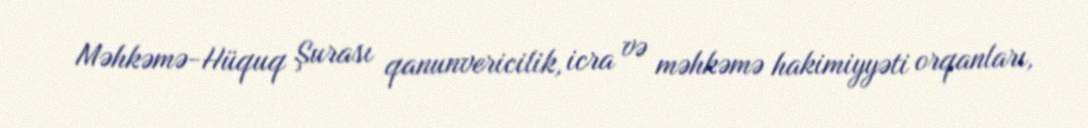
Məhkəmə-Hüquq Şurası qanunvericilik, icra və məhkəmə hakimiyyəti orqanları,